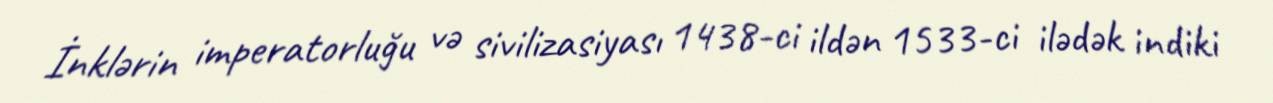
İnklərin imperatorluğu və sivilizasiyası 1438-ci ildən 1533-ci ilədək indiki